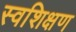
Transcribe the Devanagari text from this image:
स्वशिक्षण